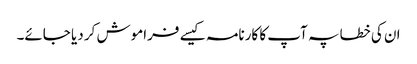
ان کی خطا پہ آپ کا کارنامہ کیسے فراموش کر دیا جائے۔